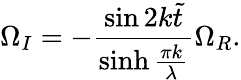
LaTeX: \Omega_{I}=-\frac{\sin 2k\tilde{t}}{\sinh\frac{\pi k}{\lambda}}\Omega_{R}.